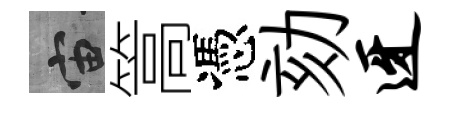
宙篙憑劾迓